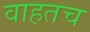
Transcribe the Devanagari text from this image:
वाहतच